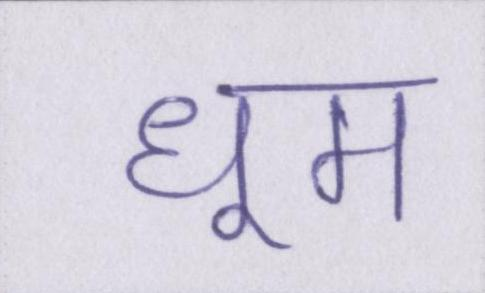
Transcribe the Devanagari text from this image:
धूम